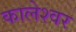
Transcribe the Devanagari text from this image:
कालेश्‍वर